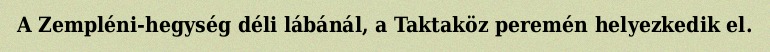
A Zempléni-hegység déli lábánál, a Taktaköz peremén helyezkedik el.